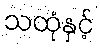
သထုံနှင့်